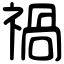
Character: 禍